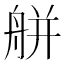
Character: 䑫